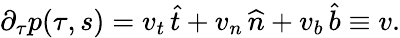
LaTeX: \begin{array}{r}{\partial_{\tau}p(\tau,s)=v_{t}\, \widehat{t}+v_{n}\, \widehat{n}+v_{b}\, \widehat{b}\equiv v.}\end{array}